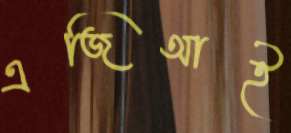
এজিআই